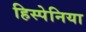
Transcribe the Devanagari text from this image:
हिस्पेनिया